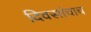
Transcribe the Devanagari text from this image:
दिवसांचाच